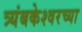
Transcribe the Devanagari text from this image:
त्र्यंबकेश्वरच्या